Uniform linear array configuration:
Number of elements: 8
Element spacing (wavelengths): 1
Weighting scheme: exponential
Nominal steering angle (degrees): -15
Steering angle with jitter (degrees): -15.839
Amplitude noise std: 0.05
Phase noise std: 0.05

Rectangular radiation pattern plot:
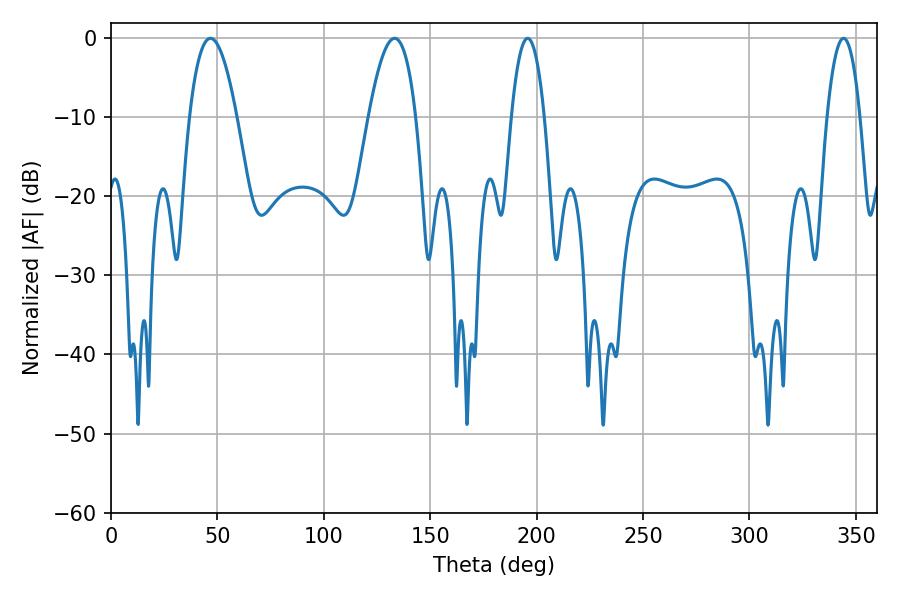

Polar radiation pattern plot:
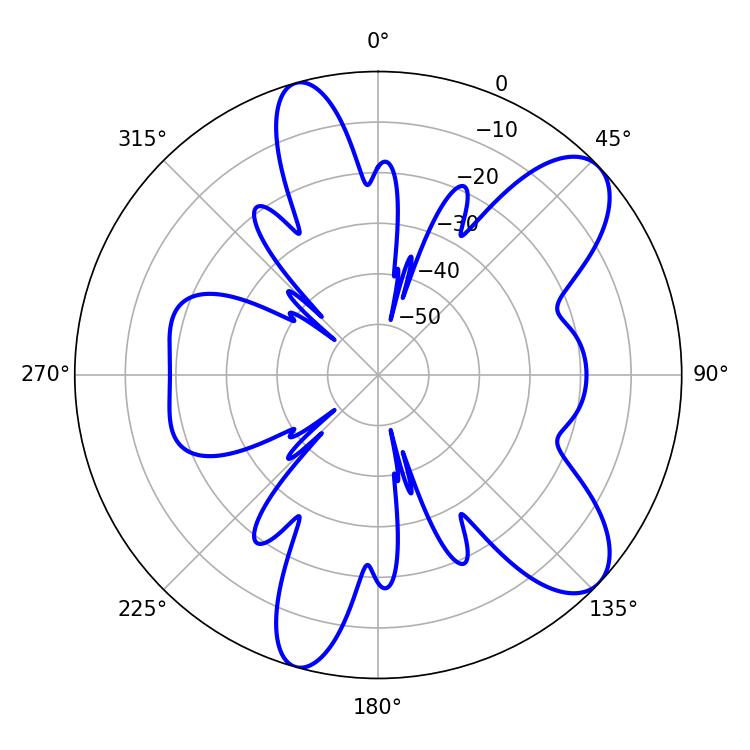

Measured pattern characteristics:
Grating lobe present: TRUE
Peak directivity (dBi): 9.125
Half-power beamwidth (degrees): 12.24
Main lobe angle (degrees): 46.8